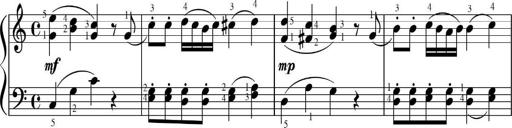
Title: Sonatinas
Composer: Andrew Violette